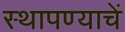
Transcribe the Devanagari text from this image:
स्थापण्याचें